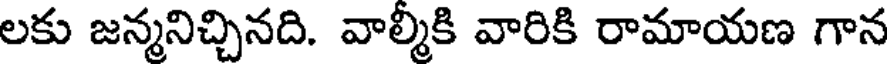
లకు జన్మనిచ్చినది. వాల్మీకి వారికి రామాయణ గాన